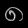
Digit: ၈